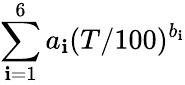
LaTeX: \sum_{\mathbf{i}=1}^{6}a_{\mathbf{i}}(T/100)^{b_{\mathbf{i}}}